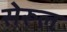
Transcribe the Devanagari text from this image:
सेरूल